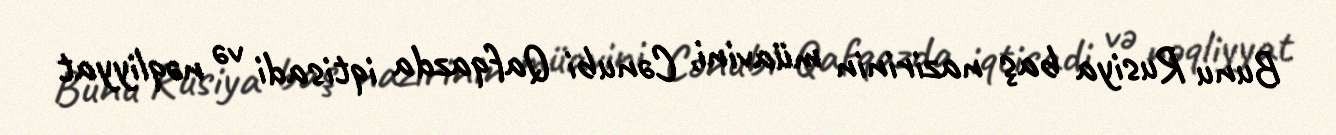
Bunu Rusiya baş nazirinin müavini, Cənubi Qafqazda iqtisadi və nəqliyyat